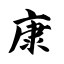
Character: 康